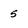
Character: 5